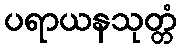
ပရာယနသုတ္တံ